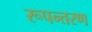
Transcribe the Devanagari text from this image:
रूपन्तरण